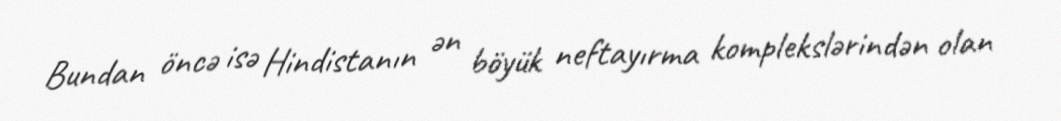
Bundan öncə isə Hindistanın ən böyük neftayırma komplekslərindən olan